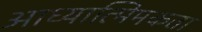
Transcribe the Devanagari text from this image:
आध्यात्मिमकता